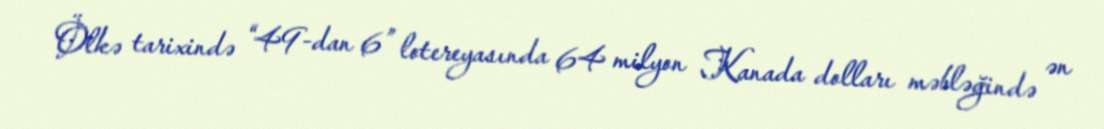
Ölkə tarixində “49-dan 6” lotereyasında 64 milyon Kanada dolları məbləğində ən